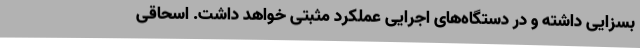
بسزایی داشته و در دستگاه‌های اجرایی عملکرد مثبتی خواهد داشت. اسحاقی